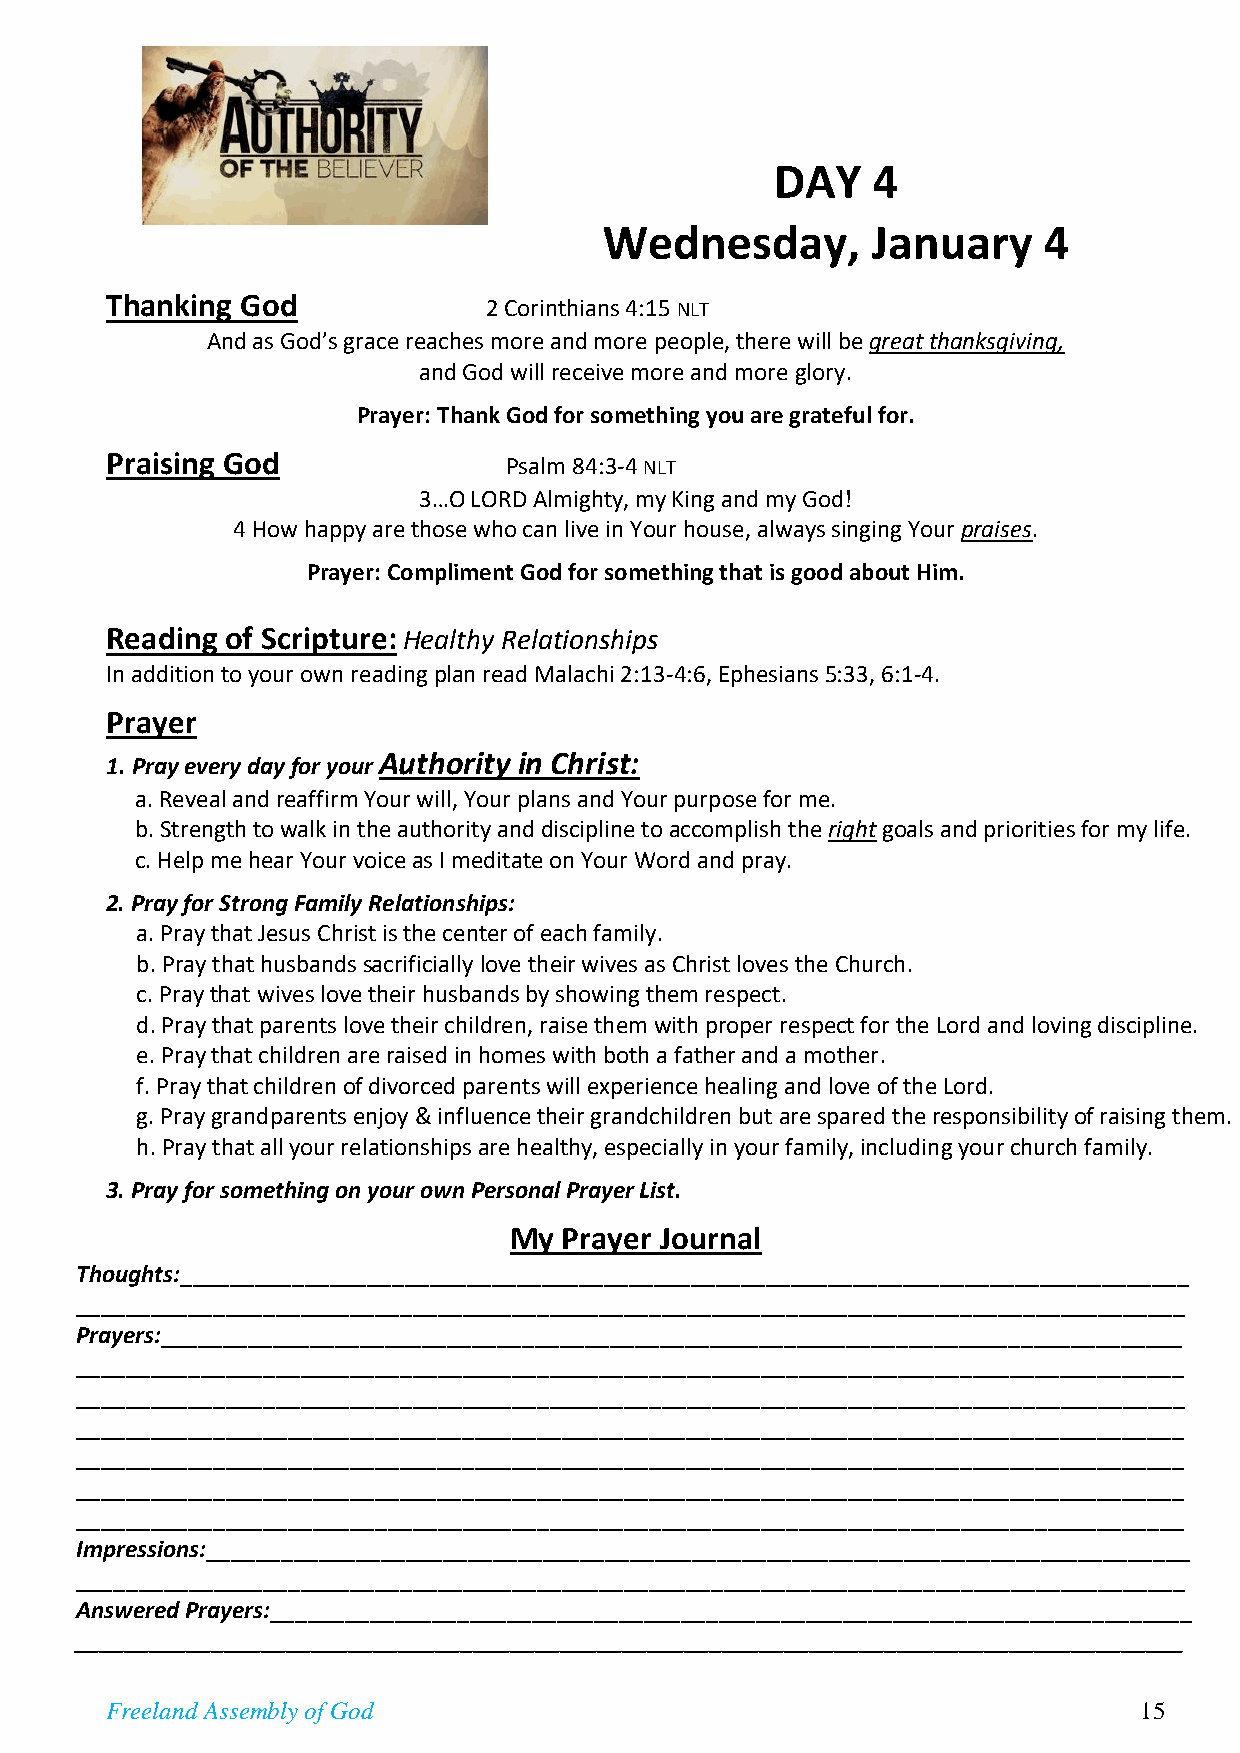
DAY    4
 Wednesday,        January    4
 Thanking God             2 Corinthians 4:15 NLT
 And as God’s grace reaches more and more people, there will be great thanksgiving,
 and God will receive more and more glory.
 Prayer: Thank God for something you are grateful for.
 Praising God               Psalm 84:3-4 NLT
 3…O LORD Almighty, my King and my God!
 4 How happy are those who can live in Your house, always singing Your praises.
 Prayer: Compliment God for something that is good about Him.
 Reading of Scripture: Healthy Relationships
 In addition to your own reading plan read Malachi 2:13-4:6, Ephesians 5:33, 6:1-4.
 Prayer
 1. Pray every day for your Authority in Christ:
 a. Reveal and reaffirm Your will, Your plans and Your purpose for me.
 b. Strength to walk in the authority and discipline to accomplish the right goals and priorities for my life.
 c. Help me hear Your voice as I meditate on Your Word and pray.
 2. Pray for Strong Family Relationships:
 a. Pray that Jesus Christ is the center of each family.
 b. Pray that husbands sacrificially love their wives as Christ loves the Church.
 c. Pray that wives love their husbands by showing them respect.
 d. Pray that parents love their children, raise them with proper respect for the Lord and loving discipline.
 e. Pray that children are raised in homes with both a father and a mother.
 f. Pray that children of divorced parents will experience healing and love of the Lord.
 g. Pray grandparents enjoy & influence their grandchildren but are spared the responsibility of raising them.
 h. Pray that all your relationships are healthy, especially in your family, including your church family.
 3. Pray for something on your own Personal Prayer List.
 My Prayer Journal
 Thoughts:_________________________________________________________________________________
 _________________________________________________________________________________________
 Prayers:__________________________________________________________________________________
 _________________________________________________________________________________________
 _________________________________________________________________________________________
 _________________________________________________________________________________________
 _________________________________________________________________________________________
 _________________________________________________________________________________________
 _________________________________________________________________________________________
 Impressions:_______________________________________________________________________________
 _________________________________________________________________________________________
 Answered Prayers:__________________________________________________________________________
 _________________________________________________________________________________________
 Freeland Assembly of God                                            15